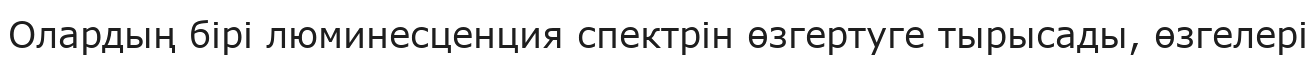
Олардың бірі люминесценция спектрін өзгертуге тырысады, өзгелері